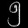
Digit: ၅